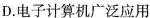
D.电子计算机广泛应用